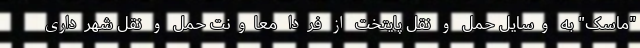
"ماسک" به وسایل حمل و نقل پایتخت از فردا معاونت حمل و نقل شهرداری